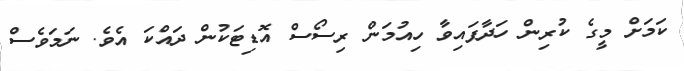
ކަމަށް މީގެ ކުރިން ހަދާފައިވާ ހިއުމަން ރިސޯސް އޮޑިޓަކުން ދައްކަ އެވެ. ނަމަވެސް